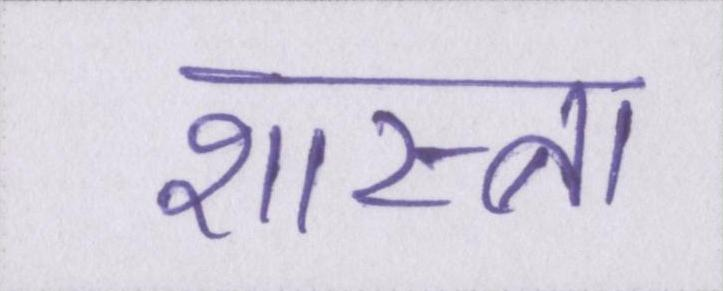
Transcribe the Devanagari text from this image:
शास्त्रा